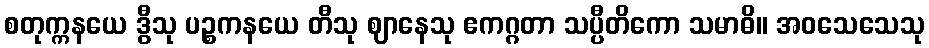
စတုက္ကနယေ ဒွီသု ပဉ္စကနယေ တီသု ဈာနေသု ဧကဂ္ဂတာ သပ္ပီတိကော သမာဓိ။ အဝသေသေသု